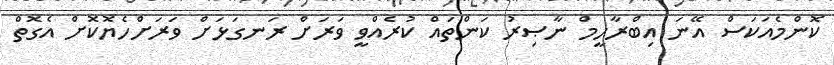
ކޮންމެއަކަސް އޭނަ އިބްރާހީމް ނާޞިރު ކަންތައް ކުރެއްވީ ވަރަށް ރަނގަޅަށް ވަރަށްހެޔޮކޮށް އެގޮތް